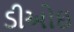
ડીઓઇ